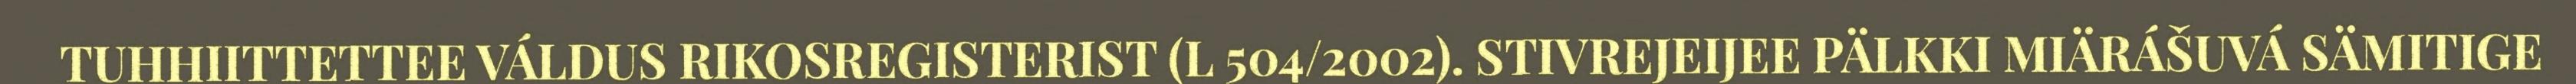
TUHHIITTETTEE VÁLDUS RIKOSREGISTERIST (L 504/2002). STIVREJEIJEE PÄLKKI MIÄRÁŠUVÁ SÄMITIGE